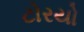
ટોરયો